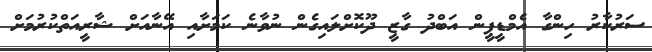
ސަރުކާރު ހިންގާ އެމްޑީޕީން އަބްދު ގާޒީ ދޫކޮށްލައިގެން ނުވާނެ ކަމަށާއި އޭނާއަށް ޝާރީއަތްކުރުމަށް